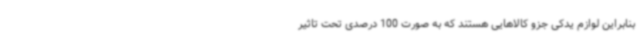
بنابراین لوازم یدکی جزو کالاهایی هستند که به صورت 100 درصدی تحت تاثیر